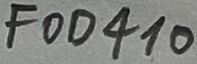
Text: FOD410